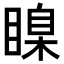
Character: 𥉒